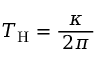
T _ { \mathrm { H } } = { \frac { \kappa } { \, 2 \pi \, } }